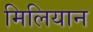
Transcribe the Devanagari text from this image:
मिलियान